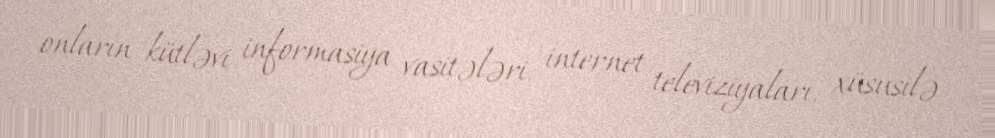
onların kütləvi informasiya vasitələri, internet televiziyaları, xüsusilə